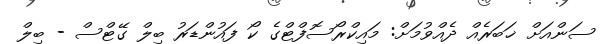
ސަންއަށް ޚަބަރެއް ދެއްވުމަށް: މައިކްރޯސޮފްޓްގެ ކޯ ފައުންޑަރު ބިލް ގޭޓްސް - ބިލް